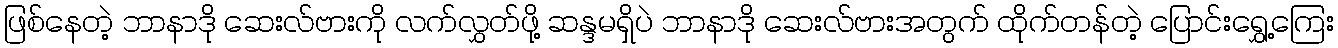
ဖြစ်နေတဲ့ ဘာနာဒို ဆေးလ်ဗားကို လက်လွှတ်ဖို့ ဆန္ဒမရှိပဲ ဘာနာဒို ဆေးလ်ဗားအတွက် ထိုက်တန်တဲ့ ပြောင်းရွှေ့ကြေး